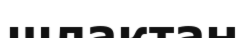
шлактан